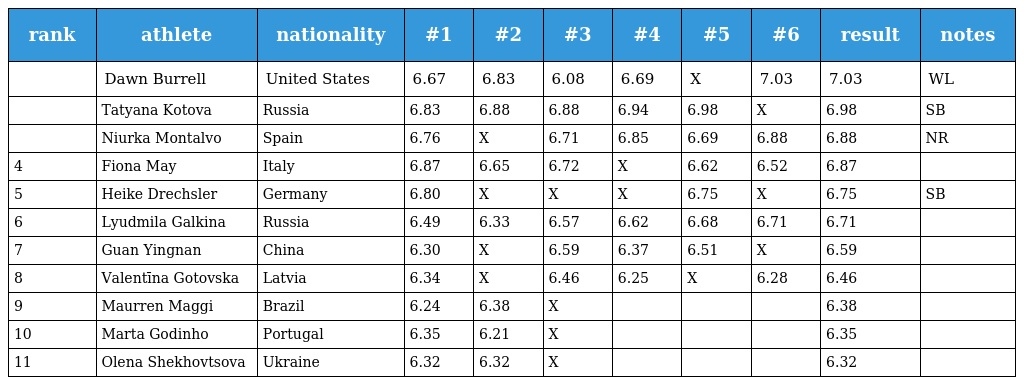
| rank | athlete | nationality | #1 | #2 | #3 | #4 | #5 | #6 | result | notes |
 | --- | --- | --- | --- | --- | --- | --- | --- | --- | --- | --- |
 |  | Dawn Burrell | United States | 6.67 | 6.83 | 6.08 | 6.69 | X | 7.03 | 7.03 | WL |
 |  | Tatyana Kotova | Russia | 6.83 | 6.88 | 6.88 | 6.94 | 6.98 | X | 6.98 | SB |
 |  | Niurka Montalvo | Spain | 6.76 | X | 6.71 | 6.85 | 6.69 | 6.88 | 6.88 | NR |
 | 4 | Fiona May | Italy | 6.87 | 6.65 | 6.72 | X | 6.62 | 6.52 | 6.87 |  |
 | 5 | Heike Drechsler | Germany | 6.80 | X | X | X | 6.75 | X | 6.75 | SB |
 | 6 | Lyudmila Galkina | Russia | 6.49 | 6.33 | 6.57 | 6.62 | 6.68 | 6.71 | 6.71 |  |
 | 7 | Guan Yingnan | China | 6.30 | X | 6.59 | 6.37 | 6.51 | X | 6.59 |  |
 | 8 | Valentīna Gotovska | Latvia | 6.34 | X | 6.46 | 6.25 | X | 6.28 | 6.46 |  |
 | 9 | Maurren Maggi | Brazil | 6.24 | 6.38 | X |  |  |  | 6.38 |  |
 | 10 | Marta Godinho | Portugal | 6.35 | 6.21 | X |  |  |  | 6.35 |  |
 | 11 | Olena Shekhovtsova | Ukraine | 6.32 | 6.32 | X |  |  |  | 6.32 |  |